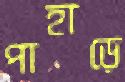
পাহাড়ে